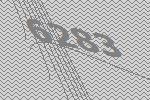
6283